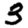
Digit: 3